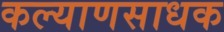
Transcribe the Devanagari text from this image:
कल्याणसाधक